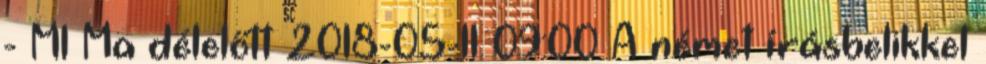
- M1 Ma délelőtt 2018-05-11 09:00 A német írásbelikkel